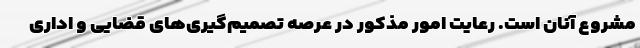
مشروع آنان است. رعایت امور مذکور در عرصه تصمیم‌گیری‌های قضایی و اداری